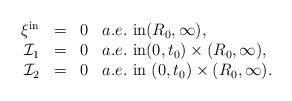
LaTeX: \begin{align*}\begin{array}{rcll}\xi^{\mathrm{in}}&=&0& a.e.~\mbox{in}(R_{0},\infty),\\\mathcal{I}_{1}&=&0 & a.e.~\mbox{in}(0, t_{0})\times(R_{0}, \infty), \\\mathcal{I}_{2}&=&0 & a.e.~\mbox{in}~(0, t_{0})\times(R_{0}, \infty).\end{array}\end{align*}